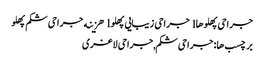
جراحی پهلوها l جراحی زیبایی پهلو l هزینه جراحی شکم پهلو
برچسب ها: جراحی شکم,جراحی لاغری